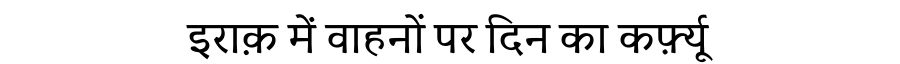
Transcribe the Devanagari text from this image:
इराक़ में वाहनों पर दिन का कर्फ़्यू